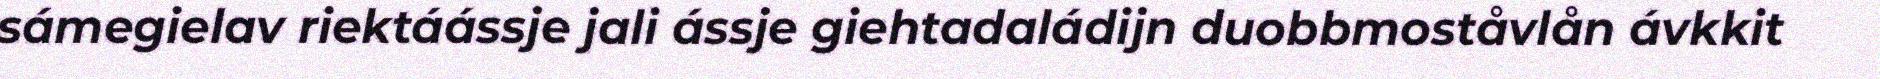
sámegielav riektáássje jali ássje giehtadaládijn duobbmoståvlån ávkkit